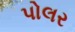
પોલર